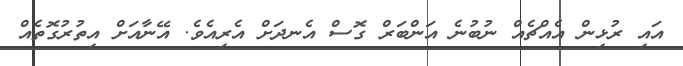
އައި ރުޅިން އެއްޗެއް ނުބުނެ އަންބަރް ގޮސް އެނދަށް އެރިއެވެ. އޭނާއަށް އިތުރުގޮތެއް